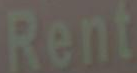
Rent